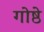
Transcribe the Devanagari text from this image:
गोष्ठे